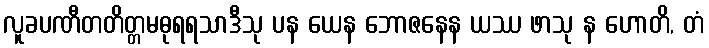
လူခပဏီတတိတ္တမဓုရရသာဒီသု ပန ယေန ဘောဇနေန ယဿ ဖာသု န ဟောတိ, တံ